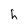
Character: h